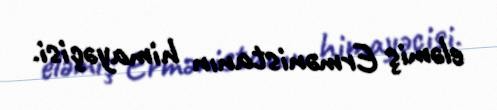
eləmiş Ermənistanın himayəçisi.